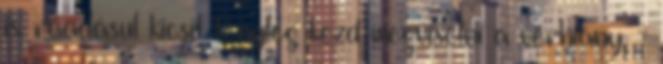
is. ráadásul kicsit tényleg kezd megviselni a vérhiány. -